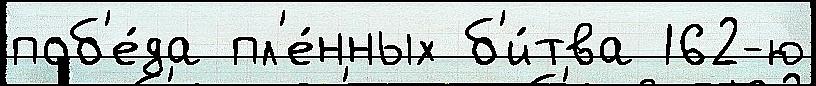
поб'е́да пл'е́нных б'и́тва 162-ю